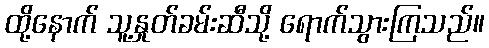
ထို့နောက် သူ့နှုတ်ခမ်းဆီသို့ ရောက်သွားကြသည်။